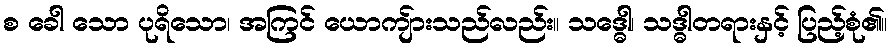
စ ခေါ သော ပုရိသော၊ အကြင် ယောကျ်ားသည်လည်း။ သဒ္ဓေါ၊ သဒ္ဓါတရားနှင့် ပြည့်စုံ၏။